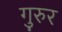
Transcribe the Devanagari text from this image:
गुरुर